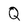
Character: Q